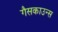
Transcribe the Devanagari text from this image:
गैसकाउन्स